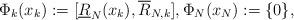
LaTeX: \begin{align*}\Phi_k(x_k):=[\underline{R}_N(x_k), \overline{R}_{N,k}],\Phi_N(x_N):=\{0\},\end{align*}